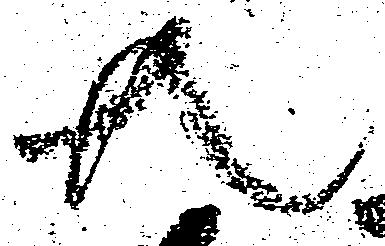
共